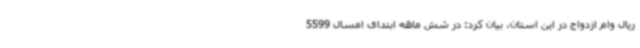
ریال وام ازدواج در این استان، بیان کرد: در شش ماهه ابتدای امسال 5599